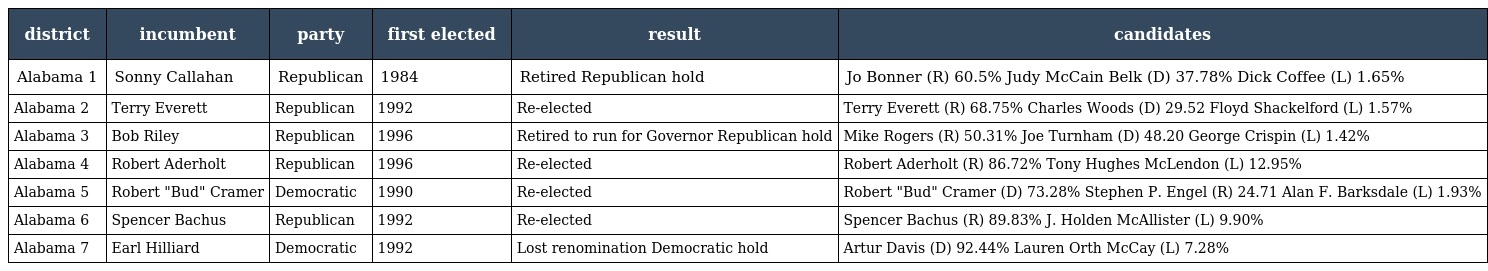
| district | incumbent | party | first elected | result | candidates |
 | --- | --- | --- | --- | --- | --- |
 | Alabama 1 | Sonny Callahan | Republican | 1984 | Retired Republican hold | Jo Bonner (R) 60.5% Judy McCain Belk (D) 37.78% Dick Coffee (L) 1.65% |
 | Alabama 2 | Terry Everett | Republican | 1992 | Re-elected | Terry Everett (R) 68.75% Charles Woods (D) 29.52 Floyd Shackelford (L) 1.57% |
 | Alabama 3 | Bob Riley | Republican | 1996 | Retired to run for Governor Republican hold | Mike Rogers (R) 50.31% Joe Turnham (D) 48.20 George Crispin (L) 1.42% |
 | Alabama 4 | Robert Aderholt | Republican | 1996 | Re-elected | Robert Aderholt (R) 86.72% Tony Hughes McLendon (L) 12.95% |
 | Alabama 5 | Robert "Bud" Cramer | Democratic | 1990 | Re-elected | Robert "Bud" Cramer (D) 73.28% Stephen P. Engel (R) 24.71 Alan F. Barksdale (L) 1.93% |
 | Alabama 6 | Spencer Bachus | Republican | 1992 | Re-elected | Spencer Bachus (R) 89.83% J. Holden McAllister (L) 9.90% |
 | Alabama 7 | Earl Hilliard | Democratic | 1992 | Lost renomination Democratic hold | Artur Davis (D) 92.44% Lauren Orth McCay (L) 7.28% |